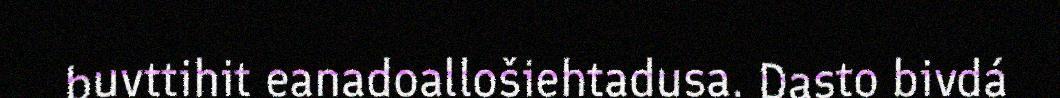
buvttihit eanadoallošiehtadusa. Dasto bivdá